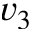
v _ { 3 }